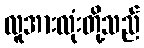
လူအားလုံးတို့သည်